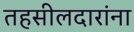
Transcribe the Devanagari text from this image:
तहसीलदारांना